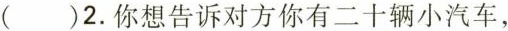
( )2.你想告诉对方你有二十辆小汽车，